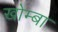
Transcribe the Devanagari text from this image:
खोम्बा